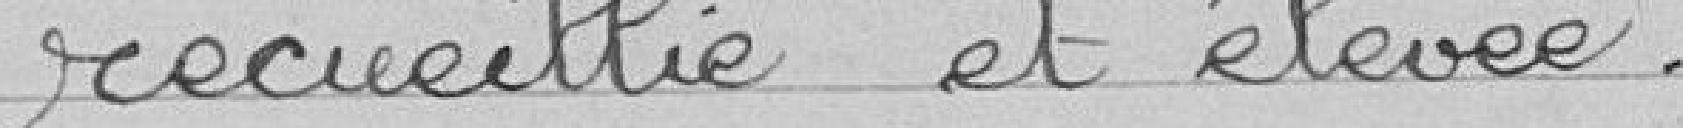
recueillie et élevée.